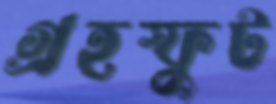
গ্রহস্ফুট